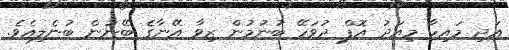
އަދި މައިހާ މިއަދު އޮފް ދުވަހޭ ބުނުމުން ޒިވާ އޭނާގެ ބޭނުން ބުނެލިއެވެ.